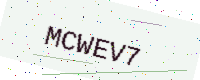
Text: MCWEV7